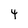
Character: 4